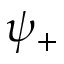
\psi _ { + }